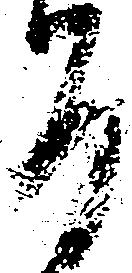
間